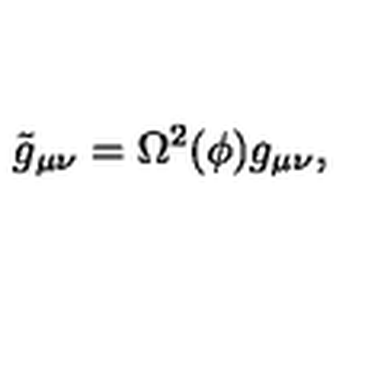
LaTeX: \tilde { g } _ { \mu \nu } = \Omega ^ { 2 } ( \phi ) g _ { \mu \nu } ,